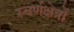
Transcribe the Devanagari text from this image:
स्वर्णक्षेत्रों